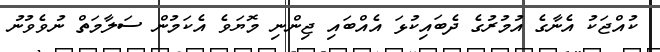
ކުއްޖަކު އެނާގެ އުމުރުގެ ދެބައިކުޅަ އެއްބައި ޖިންނި މޮޔަވެ އެކަމުން ސަލާމަތް ނުވެވުނު